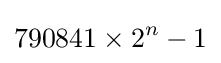
790841\times 2^{n}-1